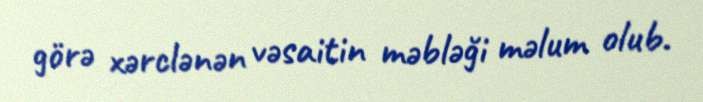
görə xərclənən vəsaitin məbləği məlum olub.